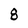
Character: 8